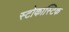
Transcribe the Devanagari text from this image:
स्टोकास्टिक